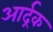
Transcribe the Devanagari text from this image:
आर्द्रक